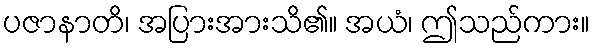
ပဇာနာတိ၊ အပြားအားသိ၏။ အယံ၊ ဤသည်ကား။